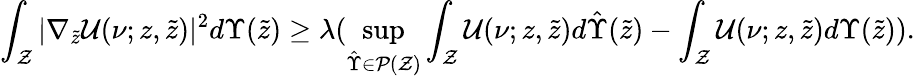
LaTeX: \int_{\mathcal{Z}}|\nabla_{\tilde{z}}\mathcal{U}(\nu;z,\tilde{z})|^{2}d\Upsilon(\tilde{z})\geq\lambda(\operatorname*{sup}_{\hat{\Upsilon}\in\mathcal{P}(\mathcal{Z})}\int_{\mathcal{Z}}\mathcal{U}(\nu;z,\tilde{z})d\hat{\Upsilon}(\tilde{z})-\int_{\mathcal{Z}}\mathcal{U}(\nu;z,\tilde{z})d{\Upsilon}(\tilde{z})).